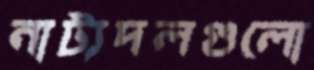
নাট্যদলগুলো